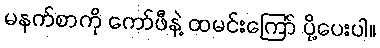
မနက်စာကို ကော်ဖီနဲ့ ထမင်းကြော် ပို့ပေးပါ။